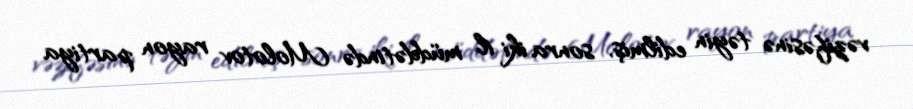
vəzifəsinə təyin edilmiş, sonra iki il müddətində Molotov rayon partiya